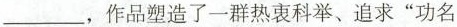
___，作品塑造了一群热衷科举、追求”功名